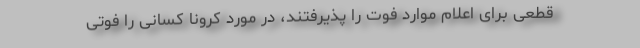
قطعی برای اعلام موارد فوت را پذیرفتند، در مورد کرونا کسانی را فوتی